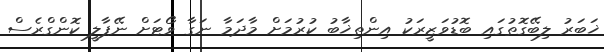
ޚަބަރު ލިބޭގޮތުގައި ބޮޑުވަޒީރަކު އިންތިޚާބު ކުރުމަށް މާދަމާ ނަގާ ވޯޓަށް ނޭޕާލީ ކޮންގްރެސް